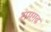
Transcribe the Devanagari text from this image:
रामग़ढ